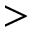
>